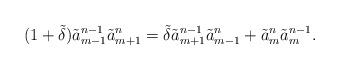
LaTeX: \begin{align*}(1+\tilde{\delta})\tilde{a}_{m-1}^{n-1} \tilde{a}_{m+1}^{n} =\tilde{\delta} \tilde{a}_{m+1}^{n-1} \tilde{a}_{m-1}^n +\tilde{a}_{m}^{n} \tilde{a}_m^{n-1}. \end{align*}